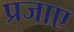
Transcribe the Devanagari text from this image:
प्रजाए